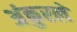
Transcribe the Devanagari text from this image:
अंकुरले